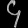
Digit: ၄